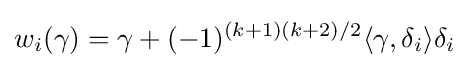
w_{i}(\gamma )=\gamma +(-1)^{(k+1)(k+2)/2}\langle \gamma ,\delta _{i}\rangle \delta _{i}